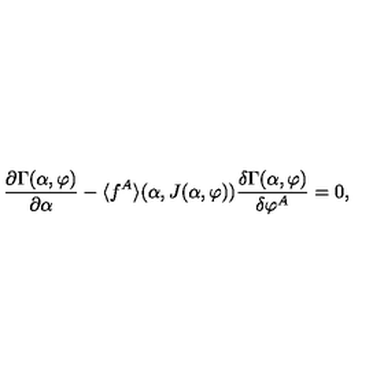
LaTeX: { \frac { \partial \Gamma ( \alpha , \varphi ) } { \partial \alpha } } - \langle f ^ { A } \rangle ( \alpha , J ( \alpha , \varphi ) ) { \frac { \delta \Gamma ( \alpha , \varphi ) } { \delta \varphi ^ { A } } } = 0 ,